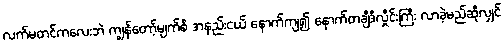
လက်မတင်ကလေးဘဲ ကျွန်တော့်မျက်စိ အနည်းငယ် နောက်ကျ၍ နောက်တချီဒီလှိုင်းကြီး လာခဲ့မည်ဆိုလျှင်